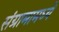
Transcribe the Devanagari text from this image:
संग्रामामध्‍ये